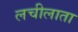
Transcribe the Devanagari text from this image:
लचीलाता